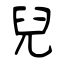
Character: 兒